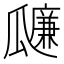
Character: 𤬚